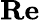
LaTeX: \textbf{Re}